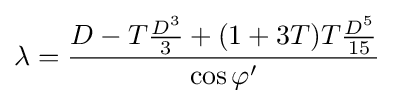
\lambda ={\frac {D-T{\frac {D^{3}}{3}}+(1+3T)T{\frac {D^{5}}{15}}}{\cos \varphi '}}